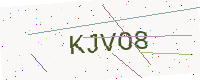
Text: KJVO8